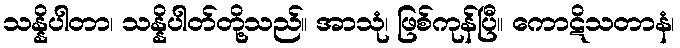
သန္နိပါတာ၊ သန္နိပါတ်တို့သည်။ အာသုံ၊ ဖြစ်ကုန်ပြီ။ ကောဋိသတာနံ၊